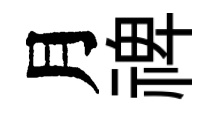
月禆